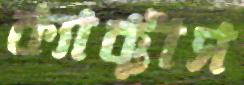
ক্যাক্টাস